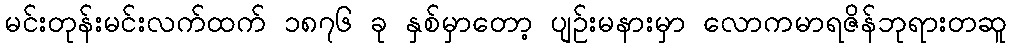
မင်းတုန်းမင်းလက်ထက် ၁၈၇၆ ခု နှစ်မှာတော့ ပျဉ်းမနားမှာ လောကမာရဇိန်ဘုရားတဆူ